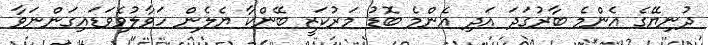
ދުނިޔޭގެ އެންމެ ބާރުގަދަ އަދި އެންމެ ބޮޑު މަރުކަޒީ ބޭންކާ ޔެލެން ހަވާލުވެވަޑައިގަންނަވާ